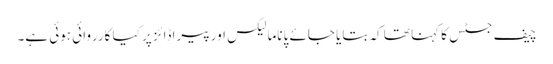
چیف جسٹس کا کہنا تھا کہ بتایا جائے پاناما لیکس اور پیراڈائز پر کیا کارروائی ہوئی ہے۔